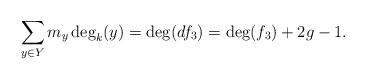
LaTeX: \begin{align*}\sum_{y \in Y} m_y \deg_k(y) = \deg(df_3) = \deg(f_3) + 2g-1.\end{align*}